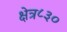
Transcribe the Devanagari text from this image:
क्षेत्र८३०